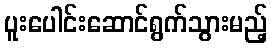
ပူးပေါင်းဆောင်ရွက်သွားမည့်